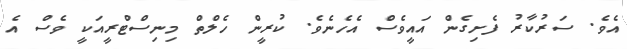
އެވެ. ސަރުކާރު ފެށިގެން އައީވެސް އެހެނެވެ. ކުރީން ހެލްތް މިނިސްޓްރީއަކީ ވެސް އެ